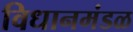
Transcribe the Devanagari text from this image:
विधानमंडळ